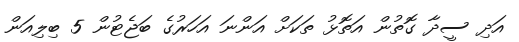
އަދި ސީދާ ގޮތުން އަތޮޅު ތަކަށް އަންނަ އަހަރުގެ ބަޖެޓުން 5 ބިލިއަން